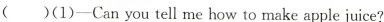
()(1)-Canyou tell me how to make apple juice?